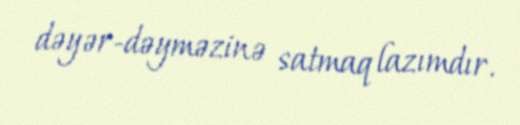
dəyər-dəyməzinə satmaq lazımdır.